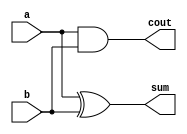
module half_adder( a,b, sum, cout );
input a,b;
output sum, cout;
xor x1 (sum,a,b);
and a1 (cout,a,b);
endmodule

module full_adder(a,b,cin,sum, cout);
input a,b,cin;
output sum, cout;
wire x,y,z;
half_adder h1(.a(a), .b(b), .sum(x), .cout(y));
half_adder h2(.a(x), .b(cin), .sum(sum), .cout(z));
or a1(cout,z,y);
endmodule

module ripple_carry4(a, b, cin, sum, cout);
input [3:0] a,b;
input cin;
wire c1,c2,c3;
output [3:0] sum;
output cout;

full_adder fa0(.a(a[0]), .b(b[0]),.cin(cin), .sum(sum[0]),.cout(c1));
full_adder fa1(.a(a[1]), .b(b[1]), .cin(c1), .sum(sum[1]),.cout(c2));
full_adder fa2(.a(a[2]), .b(b[2]), .cin(c2), .sum(sum[2]),.cout(c3));
full_adder fa3(.a(a[3]), .b(b[3]), .cin(c3), .sum(sum[3]),.cout(cout));
endmodule

module ripple_carry16(a, b, cin,sum, cout);
input [15:0] a,b;
input cin;
output [15:0] sum;
output cout;
wire c1,c2,c3;

ripple_carry4 A1 (.a(a[3:0]),.b(b[3:0]),.cin(cin),.sum(sum[3:0]),.cout(c1));

ripple_carry4 A2(.a(a[7:4]),.b(b[7:4]),.cin(c1),.sum(sum[7:4]),.cout(c2));

ripple_carry4 A3(.a(a[11:8]),.b(b[11:8]),.cin(c2),.sum(sum[11:8]),.cout(c3));

ripple_carry4 A4(.a(a[15:12]),.b(b[15:12]),.cin(c3),.sum(sum[15:12]),.cout(cout));
endmodule